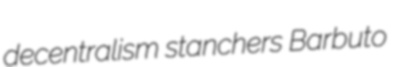
decentralism stanchers Barbuto